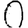
Digit: 0